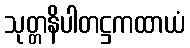
သုတ္တနိပါတဋ္ဌကထာယံ